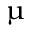
\upmu